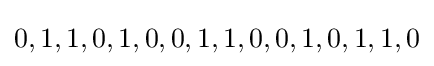
0,1,1,0,1,0,0,1,1,0,0,1,0,1,1,0